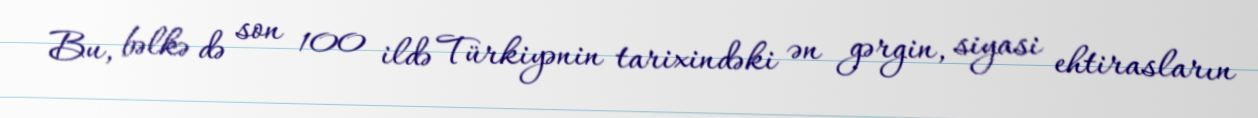
Bu, bəlkə də son 100 ildə Türkiyənin tarixindəki ən gərgin, siyasi ehtirasların